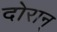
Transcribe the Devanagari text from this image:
दोरान्